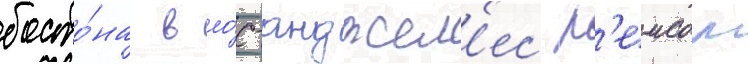
босто́на в ло́с-анджел'ес р'еисом